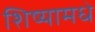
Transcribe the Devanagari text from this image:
शिष्यामधे